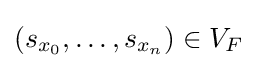
(s_{x_{0}},\ldots ,s_{x_{n}})\in V_{F}